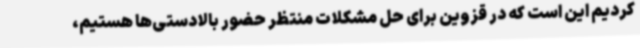
کردیم این است که در قزوین برای حل مشکلات منتظر حضور بالادستی‌ها هستیم،